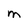
Character: M